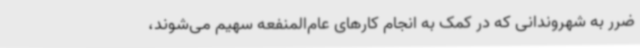
ضرر به شهروندانی که در کمک به انجام کارهای عام‌المنفعه سهیم می‌شوند،